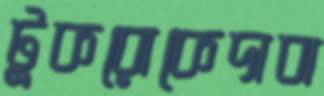
টুকরোকেদাবা